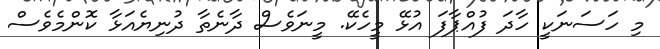
މި ހަސަނަކީ ހާދަ ފުއްޕާފަ އުޅޭ މީހެކޭ. މީނަވެސް ދާނެތާ ދުނިޔެއަޅާ ކޮންމެވެސް